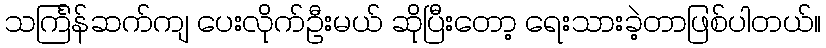
သင်္ကြန်ဆက်ကျ ပေးလိုက်ဦးမယ် ဆိုပြီးတော့ ရေးသားခဲ့တာဖြစ်ပါတယ်။